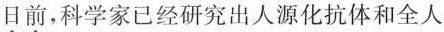
日前，科学家已经研究出人源化抗体和全人